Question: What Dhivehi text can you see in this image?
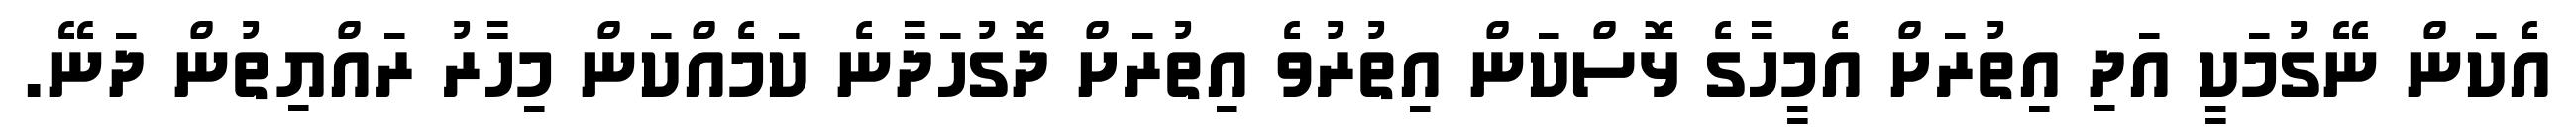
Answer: އެކަން ނޭގުމަކީ އަދި އިތުރަށް އެމީހާގެ ޅޮސްކަން އިތުރުވެ އިތުރަށް ދޮގުހަދާނެ ކަމެއްކަން މިހާރު ރައްޔިތުން ދަނޭ.